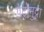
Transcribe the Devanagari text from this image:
पेट्रोमुद्रा